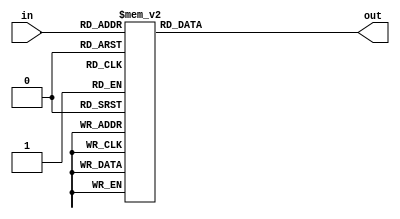
`timescale 1ns / 1ps
//////////////////////////////////////////////////////////////////////////////////
// Company: 
// Engineer: 
// 
// Design Name: 
// Module Name:    chuyen 
// Project Name: 
// Target Devices: 
// Tool versions: 
// Description: 
//
// Dependencies: 
//
// Revision: 
// Revision 0.01 - File Created
// Additional Comments: 
//
//////////////////////////////////////////////////////////////////////////////////
module chuyen(in,out);
	input [3:0] in;
	output [3:0] out;
	reg [3:0] out;
	always @ (in)
	case (in)
		4'b0000: out <= 4'b0000;
		4'b0001: out <= 4'b0001;
		4'b0010: out <= 4'b0010;
		4'b0011: out <= 4'b0011;
		4'b0100: out <= 4'b0100;
		4'b0101: out <= 4'b1000;
		4'b0110: out <= 4'b1001;
		4'b0111: out <= 4'b1010;
		4'b1000: out <= 4'b1011;
		4'b1001: out <= 4'b1100;
		default: out <= 4'b0000;
	endcase
endmodule